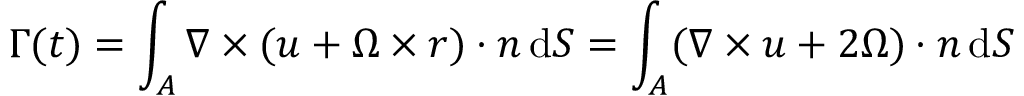
\Gamma ( t ) = \int _ { A } { \boldsymbol { \nabla } } \times ( { \boldsymbol { u } } + { \boldsymbol { \Omega } } \times { \boldsymbol { r } } ) \cdot { \boldsymbol { n } } \, \mathrm { d } S = \int _ { A } ( { \boldsymbol { \nabla } } \times { \boldsymbol { u } } + 2 { \boldsymbol { \Omega } } ) \cdot { \boldsymbol { n } } \, \mathrm { d } S